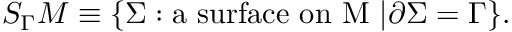
S _ { \Gamma } M \equiv \{ \Sigma : \mathrm { a ~ s u r f a c e ~ o n ~ M ~ } | \partial \Sigma = \Gamma \} .